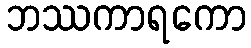
ဘဿကာရကော